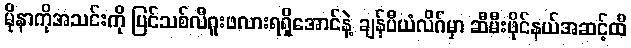
မိုနာကိုအသင်းကို ပြင်သစ်လီဂူးဖလားရရှိအောင်နဲ့ ချန်ပီယံလိဂ်မှာ ဆီမီးဖိုင်နယ်အဆင့်ထိ